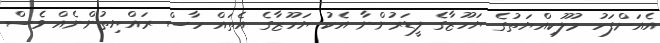
އެއަށްފަހު މުލޫކިއްޔަތުގެ ޔަހޫޒާގެ ލީޑަރުންނާ އެކު ޔަހޫޒާގެ އެތައް ހާސް ރައްޔިތުންނެއް ވެސް